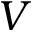
V